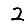
Digit: 2